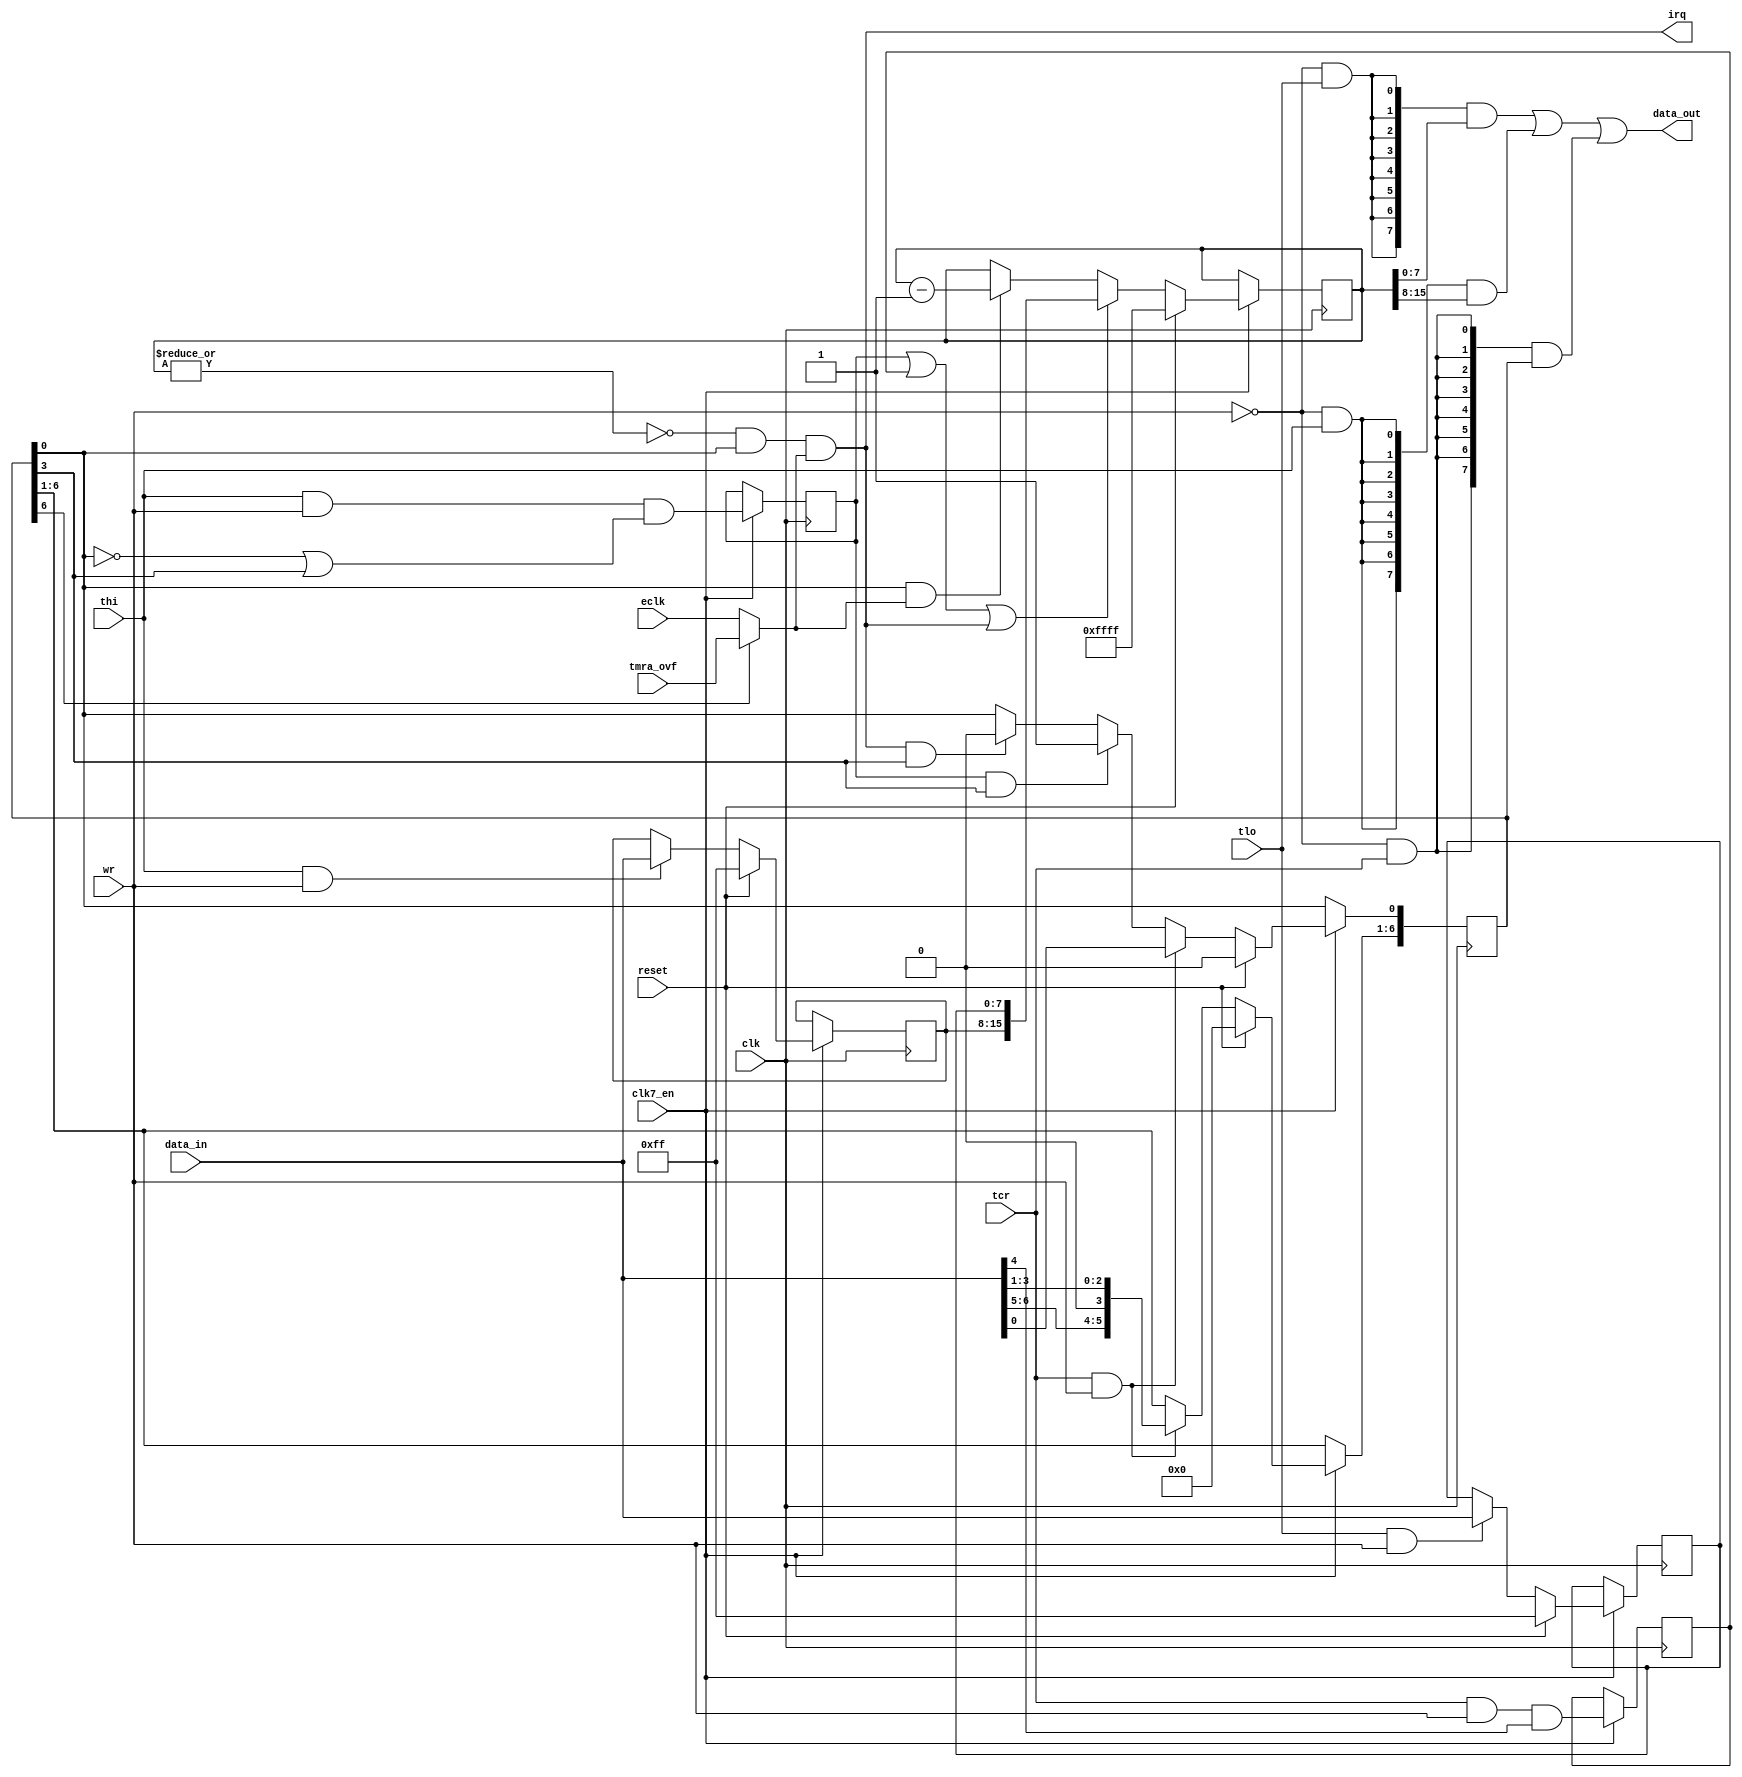
// -*- mode: verilog; mode: font-lock; indent-tabs-mode: nil -*-
// vi: set et ts=3 sw=3 sts=3:
//
// Copyright 2006, 2007 Dennis van Weeren
//
// This file is part of Minimig
//
// Minimig is free software; you can redistribute it and/or modify
// it under the terms of the GNU General Public License as published by
// the Free Software Foundation; either version 3 of the License, or
// (at your option) any later version.
//
// Minimig is distributed in the hope that it will be useful,
// but WITHOUT ANY WARRANTY; without even the implied warranty of
// MERCHANTABILITY or FITNESS FOR A PARTICULAR PURPOSE.  See the
// GNU General Public License for more details.
//
// You should have received a copy of the GNU General Public License
// along with this program.  If not, see <http:// www.gnu.org/licenses/>.

module cia_timerb
  (
   input  wire       clk,           // clock
   input  wire       clk7_en,
   input  wire       wr,            // write enable
   input  wire       reset,         // reset
   input  wire       tlo,           // timer low byte select
   input  wire       thi,           // timer high byte select
   input  wire       tcr,           // timer control register
   input  wire [7:0] data_in,       // bus data in
   output wire [7:0] data_out,      // bus data out
   input  wire       eclk,          // count enable
   input  wire       tmra_ovf,      // timer A underflow
   output wire       irq            // intterupt out
   );

   reg [15:0]        tmr;           // timer
   reg [7:0]         tmlh;          // timer latch high byte
   reg [7:0]         tmll;          // timer latch low byte
   reg [6:0]         tmcr;          // timer control register
   reg               forceload;     // force load strobe
   wire              oneshot;       // oneshot mode
   wire              start;         // timer start (enable)
   reg               thi_load;      // load tmr after writing thi in one-shot mode
   wire              reload;        // reload timer counter
   wire              zero;          // timer counter is zero
   wire              underflow;     // timer is going to underflow
   wire              count;         // count enable signal

   // Timer B count signal source
   assign count = tmcr[6] ? tmra_ovf : eclk;

   // writing timer control register
   always @(posedge clk)
     if (clk7_en) begin
        if (reset)  // synchronous reset
          tmcr[6:0] <= 7'd0;
        else if (tcr && wr)  // load control register, bit 4(strobe) is always 0
          tmcr[6:0] <= {data_in[6:5],1'b0,data_in[3:0]};
        else if (thi_load && oneshot)  // start timer if thi is written in one-shot mode
          tmcr[0] <= 1'd1;
        else if (underflow && oneshot) // stop timer in one-shot mode
          tmcr[0] <= 1'd0;
     end

   always @(posedge clk)
     if (clk7_en) begin
        forceload <= tcr & wr & data_in[4];  // force load strobe
     end

   assign oneshot = tmcr[3];          // oneshot alias
   assign start = tmcr[0];          // start alias

   // timer B latches for high and low byte
   always @(posedge clk)
     if (clk7_en) begin
        if (reset)
          tmll[7:0] <= 8'b1111_1111;
        else if (tlo && wr)
          tmll[7:0] <= data_in[7:0];
     end

   always @(posedge clk)
     if (clk7_en) begin
        if (reset)
          tmlh[7:0] <= 8'b1111_1111;
        else if (thi && wr)
          tmlh[7:0] <= data_in[7:0];
     end

   // thi is written in one-shot mode so tmr must be reloaded
   always @(posedge clk)
     if (clk7_en) begin
        thi_load <= thi & wr & (~start | oneshot);
     end

   // timer counter reload signal
   assign reload = thi_load | forceload | underflow;

   // timer counter
   always @(posedge clk)
     if (clk7_en) begin
        if (reset)
          tmr[15:0] <= 16'hFF_FF;
        else if (reload)
          tmr[15:0] <= {tmlh[7:0],tmll[7:0]};
        else if (start && count)
          tmr[15:0] <= tmr[15:0] - 16'd1;
     end

   // timer counter equals zero
   assign zero = ~|tmr;

   // timer counter is going to underflow
   assign underflow = zero & start & count;

   // timer underflow interrupt request
   assign irq = underflow;

   // data output
   assign data_out[7:0] = ({8{~wr&tlo}} & tmr[7:0])  |
                          ({8{~wr&thi}} & tmr[15:8]) |
                          ({8{~wr&tcr}} & {1'b0,tmcr[6:0]});

endmodule